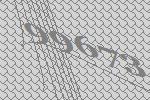
99673